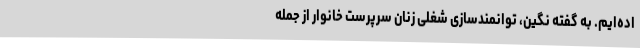
اده‌ایم. به گفته نگین، توانمندسازی شغلی زنان سرپرست خانوار از جمله